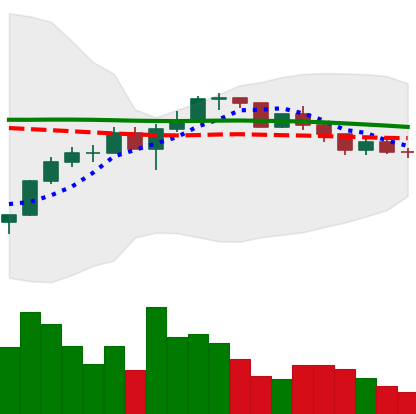
Ticker: LINK-USD
Chart end date: 2022-12-10
Forward return: -5.858%
Label: down_5_7